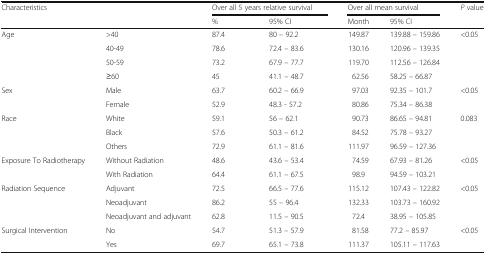
<table><thead><tr><td rowspan="2" colspan="2"><b>Characteristics</b></td><td colspan="2"><b>Over all 5 years relative survival</b></td><td colspan="2"><b>Over all mean survival</b></td><td rowspan="2"><b><i>P</i> value</b></td></tr><tr><td><b>%</b></td><td><b>95% CI</b></td><td><b>Month</b></td><td><b>95% CI</b></td></tr></thead><tbody><tr><td rowspan="4">Age</td><td>&gt;40</td><td>87.4</td><td>80 – 92.2</td><td>149.87</td><td>139.88 – 159.86</td><td rowspan="4">&lt;0.05</td></tr><tr><td>40-49</td><td>78.6</td><td>72.4 – 83.6</td><td>130.16</td><td>120.96 – 139.35</td></tr><tr><td>50-59</td><td>73.2</td><td>67.9 – 77.7</td><td>119.70</td><td>112.56 – 126.84</td></tr><tr><td>≥60</td><td>45</td><td>41.1 – 48.7</td><td>62.56</td><td>58.25 – 66.87</td></tr><tr><td rowspan="2">Sex</td><td>Male</td><td>63.7</td><td>60.2 – 66.9</td><td>97.03</td><td>92.35 – 101.7</td><td rowspan="2">&lt;0.05</td></tr><tr><td>Female</td><td>52.9</td><td>48.3 - 57.2</td><td>80.86</td><td>75.34 – 86.38</td></tr><tr><td rowspan="3">Race</td><td>White</td><td>59.1</td><td>56 – 62.1</td><td>90.73</td><td>86.65 – 94.81</td><td rowspan="3">0.083</td></tr><tr><td>Black</td><td>57.6</td><td>50.3 – 61.2</td><td>84.52</td><td>75.78 – 93.27</td></tr><tr><td>Others</td><td>72.9</td><td>61.1 – 81.6</td><td>111.97</td><td>96.59 – 127.36</td></tr><tr><td rowspan="2">Exposure To Radiotherapy</td><td>Without Radiation</td><td>48.6</td><td>43.6 – 53.4</td><td>74.59</td><td>67.93 – 81.26</td><td rowspan="2">&lt;0.05</td></tr><tr><td>With Radiation</td><td>64.4</td><td>61.1 – 67.5</td><td>98.9</td><td>94.59 – 103.21</td></tr><tr><td rowspan="3">Radiation Sequence</td><td>Adjuvant</td><td>72.5</td><td>66.5 – 77.6</td><td>115.12</td><td>107.43 – 122.82</td><td rowspan="3">&lt;0.05</td></tr><tr><td>Neoadjuvant</td><td>86.2</td><td>55 – 96.4</td><td>132.33</td><td>103.73 – 160.92</td></tr><tr><td>Neoadjuvant and adjuvant</td><td>62.8</td><td>11.5 – 90.5</td><td>72.4</td><td>38.95 – 105.85</td></tr><tr><td rowspan="2">Surgical Intervention</td><td>No</td><td>54.7</td><td>51.3 – 57.9</td><td>81.58</td><td>77.2 – 85.97</td><td rowspan="2">&lt;0.05</td></tr><tr><td>Yes</td><td>69.7</td><td>65.1 – 73.8</td><td>111.37</td><td>105.11 – 117.63</td></tr></tbody></table>